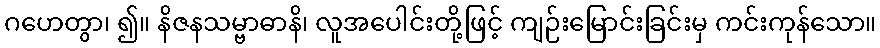
ဂဟေတွာ၊ ၍။ နိဇနသမ္ဗာဓာနိ၊ လူအပေါင်းတို့ဖြင့် ကျဉ်းမြောင်းခြင်းမှ ကင်းကုန်သော။